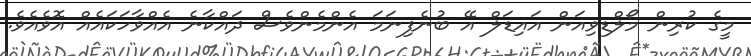
މީގެ ކުރިން މޯލްޑިވިއަން އައިޑަލް އޭ ބުނެފިނަމަ އެންމެންވެސް ދައްކާނެ އެއްވާހަކައެއް އޮވެއެވެ.